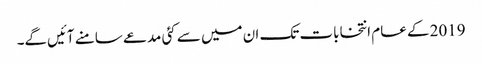
2019 کے عام انتخابات تک ان میں سے کئی مدعے سامنے آئیں‌گے۔